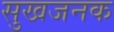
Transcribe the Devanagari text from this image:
सुखजनक